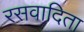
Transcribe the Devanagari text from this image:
रसवादिता